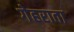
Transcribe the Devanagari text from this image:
गेहराता